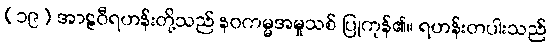
(၁၉) အာဠဝီရဟန်းတို့သည် နဝကမ္မအမှုသစ် ပြုကုန်၏။ ရဟန်းတပါးသည်